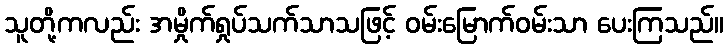
သူတို့ကလည်း အမှိုက်ရှုပ်သက်သာသဖြင့် ဝမ်းမြောက်ဝမ်းသာ ပေးကြသည်။